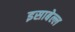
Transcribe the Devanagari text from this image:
इसाबेल्ल